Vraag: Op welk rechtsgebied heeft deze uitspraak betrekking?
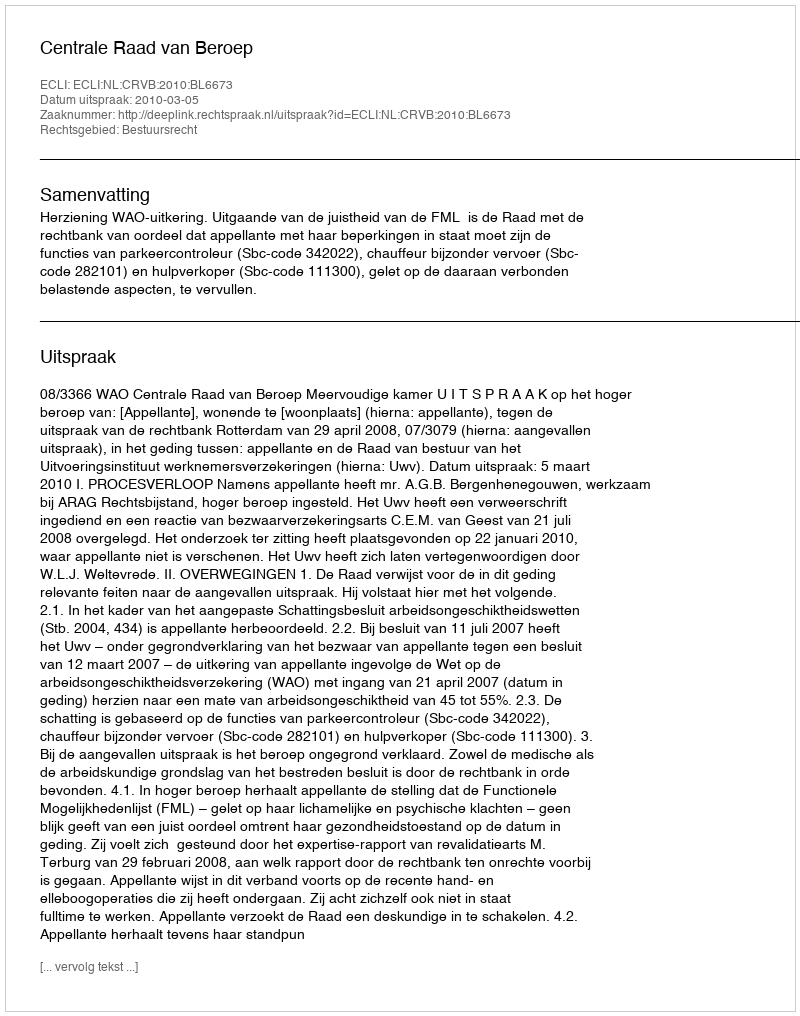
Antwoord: Bestuursrecht